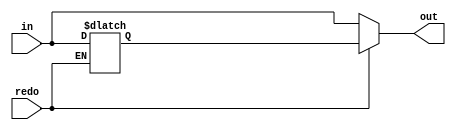
`timescale 1ns / 1ps
//0810740
//////////////////////////////////////////////////////////////////////////////////
// Company: 
// Engineer: 
// 
// Design Name: 
// Module Name: Redo
// Project Name: 
// Target Devices: 
// Tool Versions: 
// Description: 
// 
// Dependencies: 
// 
// Revision:
// Revision 0.01 - File Created
// Additional Comments:
// 
//////////////////////////////////////////////////////////////////////////////////


module Redo(
    redo,
    in,
    out
    );

parameter size = 0;

input             redo;
input  [size-1:0] in;
output [size-1:0] out;

reg    [size-1:0] last;

assign out = (redo)? last : in;

always @(*) begin
    if(redo)
        last <= last; //remain the last value
    else
        last <= in;
end

endmodule